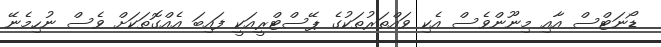
ޑޯނަޓްސް އާއި މިނޫންވެސް އެކި ވައްތަރުތަކުގެ ޕޭސްޓްރީއަކީ ފައިބަ އެއްގޮތަކަށް ވެސް ނުހިމެނޭ